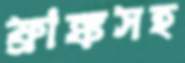
ফ্রাঙ্কসহ